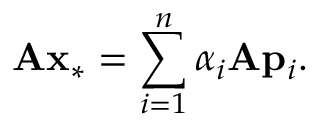
\mathbf { A } \mathbf { x } _ { * } = \sum _ { i = 1 } ^ { n } \alpha _ { i } \mathbf { A } \mathbf { p } _ { i } .